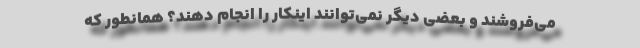
می‌فروشند و بعضی دیگر نمی‌توانند اینکار را انجام دهند؟ همانطور که